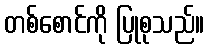
တစ်စောင်ကို ပြုစုသည်။